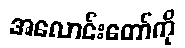
အလောင်းတော်ကို